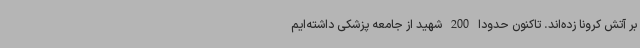
بر آتش کرونا زده‌اند. تاکنون حدودا 200 شهید از جامعه پزشکی داشته‌ایم